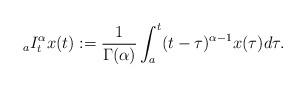
LaTeX: \begin{align*}{_aI_t^{\alpha}}x(t) := \frac{1}{\Gamma(\alpha)}\int_a^t (t-\tau)^{\alpha-1}x(\tau) d\tau .\end{align*}